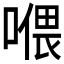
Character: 𱔎